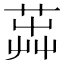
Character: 𦴬